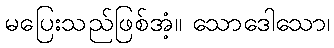
မပြေးသည်ဖြစ်အံ့။ သောဒေါသော၊